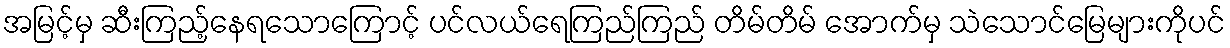
အမြင့်မှ ဆီးကြည့်နေရသောကြောင့် ပင်လယ်ရေကြည်ကြည် တိမ်တိမ် အောက်မှ သဲသောင်မြေများကိုပင်